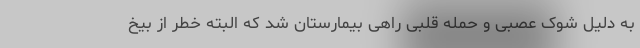
به دلیل شوک عصبی و حمله قلبی راهی بیمارستان شد که البته خطر از بیخ